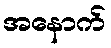
အနောက်